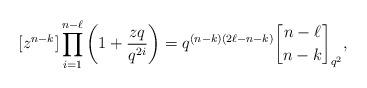
LaTeX: \begin{align*} [z^{n-k}]\prod \limits_{i=1}^{n-\ell} \left(1+\frac{zq}{q^{2i}}\right) = q^{(n-k)(2\ell-n-k)}{n-\ell \brack n-k}_{q^2},\end{align*}